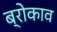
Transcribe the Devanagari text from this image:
ब्रोकाव